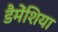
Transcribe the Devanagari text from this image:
डैमेंशिया